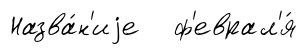
Назва́н'иjе ф'еврал'я́